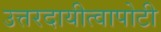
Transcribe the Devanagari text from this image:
उत्तरदायीत्वापोटी